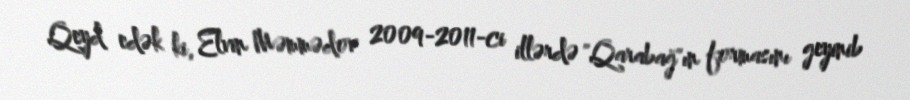
Qeyd edək ki, Elvin Məmmədov 2009-2011-ci illərdə "Qarabağ"ın formasını geyinib